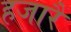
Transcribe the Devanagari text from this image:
हजारैं